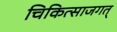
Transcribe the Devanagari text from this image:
चिकित्साजगत्